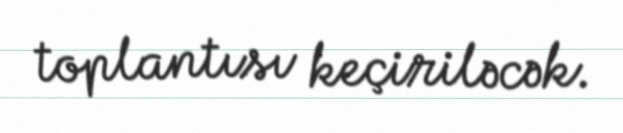
toplantısı keçiriləcək.